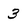
Character: 3